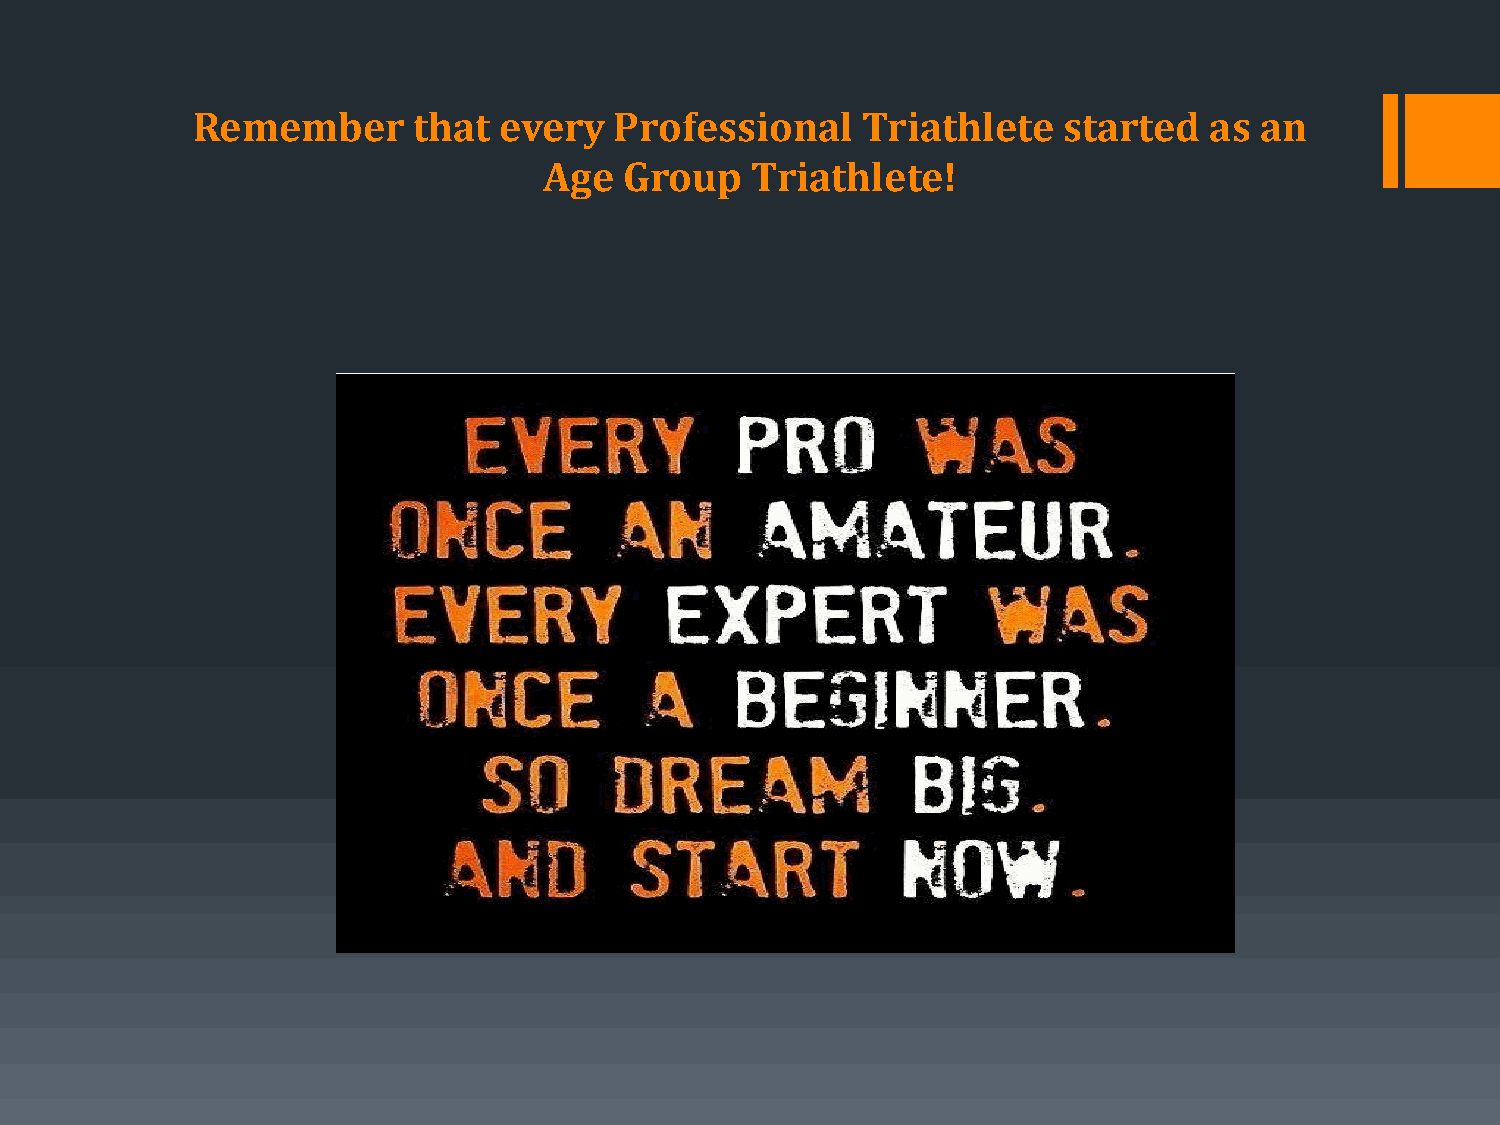
Remember      that  every   Professional    Triathlete   started   as an
 Age  Group    Triathlete!